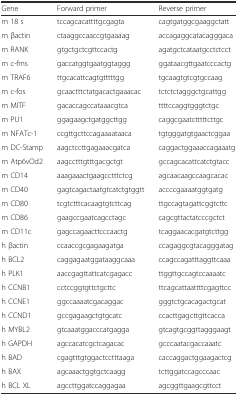
<table><thead><tr><td><b>Gene</b></td><td><b>Forward primer</b></td><td><b>Reverse primer</b></td></tr></thead><tbody><tr><td>m 18 s</td><td>tccagcacattttgcgagta</td><td>cagtgatggcgaaggctatt</td></tr><tr><td>m βactin</td><td>ctaaggccaaccgtgaaaag</td><td>accagaggcatacagggaca</td></tr><tr><td>m RANK</td><td>gtgctgctcgttccactg</td><td>agatgctcataatgcctctcct</td></tr><tr><td>m c-fms</td><td>gaccatggtgaatggtaggg</td><td>ggataacgttgaatcccactg</td></tr><tr><td>m TRAF6</td><td>ttgcacattcagtgtttttgg</td><td>tgcaagtgtcgtgccaag</td></tr><tr><td>m c-fos</td><td>gcaactttctatgacactgaaacac</td><td>tctctctagggctgcattgg</td></tr><tr><td>m MITF</td><td>gacaccagccataaacgtca</td><td>ttttccaggtgggtctgc</td></tr><tr><td>m PU1</td><td>ggagaagctgatggcttgg</td><td>caggcgaatctttttcttgc</td></tr><tr><td>m NFATc-1</td><td>ccgttgcttccagaaaataaca</td><td>tgtgggatgtgaactcggaa</td></tr><tr><td>m DC-Stamp</td><td>aagctccttgagaaacgatca</td><td>caggactggaaaccagaaatg</td></tr><tr><td>m Atp6vOd2</td><td>aagcctttgtttgacgctgt</td><td>gccagcacattcatctgtacc</td></tr><tr><td>m CD14</td><td>aaagaaactgaagcctttctcg</td><td>agcaacaagccaagcacac</td></tr><tr><td>m CD40</td><td>gagtcagactaatgtcatctgtggtt</td><td>accccgaaaatggtgatg</td></tr><tr><td>m CD80</td><td>tcgtctttcacaagtgtcttcag</td><td>ttgccagtagattcggtcttc</td></tr><tr><td>m CD86</td><td>gaagccgaatcagcctagc</td><td>cagcgttactatcccgctct</td></tr><tr><td>m CD11c</td><td>gagccagaacttcccaactg</td><td>tcaggaacacgatgtcttgg</td></tr><tr><td>h βactin</td><td>ccaaccgcgagaagatga</td><td>ccagaggcgtacagggatag</td></tr><tr><td>h BCL2</td><td>caggagaatggataaggcaaa</td><td>ccagccagatttaggttcaaa</td></tr><tr><td>h PLK1</td><td>aaccgagttattcatcgagacc</td><td>ttggttgccagtccaaaatc</td></tr><tr><td>h CCNB1</td><td>cctccggtgttctgcttc</td><td>ttcagcattaattttcgagttcc</td></tr><tr><td>h CCNE1</td><td>ggccaaaatcgacaggac</td><td>gggtctgcacagactgcat</td></tr><tr><td>h CCND1</td><td>gccgagaagctgtgcatc</td><td>ccacttgagcttgttcacca</td></tr><tr><td>h MYBL2</td><td>gtcaaatggacccatgagga</td><td>gtcagtgcggttagggaagt</td></tr><tr><td>h GAPDH</td><td>agccacatcgctcagacac</td><td>gcccaatacgaccaaatc</td></tr><tr><td>h BAD</td><td>cgagtttgtggactcctttaaga</td><td>caccaggactggaagactcg</td></tr><tr><td>h BAX</td><td>agcaaactggtgctcaagg</td><td>tcttggatccagcccaac</td></tr><tr><td>h BCL XL</td><td>agccttggatccaggagaa</td><td>agcggttgaagcgttcct</td></tr></tbody></table>